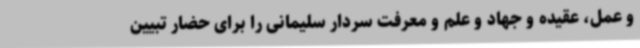
و عمل، عقیده و جهاد و علم و معرفت سردار سلیمانی را برای حضار تبیین